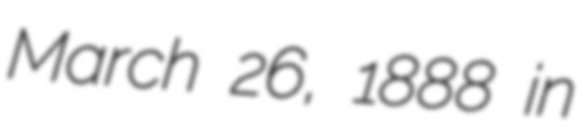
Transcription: March 26, 1888 in